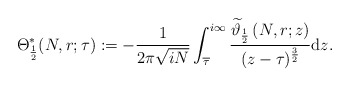
\begin{align*}\Theta_{\frac12}^*(N,r;\tau):=-\frac1{2\pi\sqrt{iN}}\int_{\overline{\tau}}^{i\infty}\frac{\widetilde{\vartheta}_{\frac12}\left(N,r;z\right)}{(z-\tau)^{\frac32}}\mathrm dz. \end{align*}